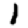
Digit: 1